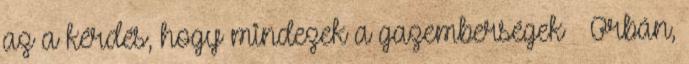
az a kérdés, hogy mindezek a gazemberségek – Orbán,